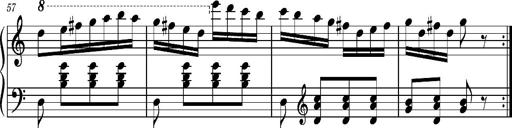
Title: Ungarischer Romanzero
Composer: Franz Liszt